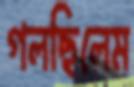
গলছিলেম